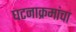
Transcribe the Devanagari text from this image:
घटनाक्रमांचा